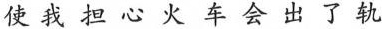
使我担心火车会出了轨